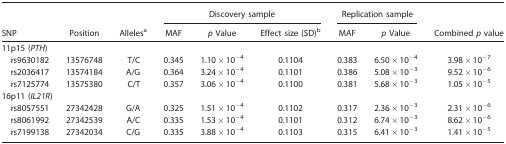
<table><thead><tr><td></td><td></td><td></td><td colspan="3"><b>Discovery sample</b></td><td colspan="2"><b>Replication sample</b></td><td></td></tr><tr><td><b>SNP</b></td><td><b>Position</b></td><td><b>Allelesa</b></td><td><b>MAF</b></td><td><b><i>p</i> Value</b></td><td><b>Effect size (SD)b</b></td><td><b>MAF</b></td><td><b><i>p</i> Value</b></td><td><b>Combined <i>p</i> value</b></td></tr></thead><tbody><tr><td colspan="9">11p15 (<i>PTH</i>)</td></tr><tr><td> rs9630182</td><td>13576748</td><td>T/C</td><td>0.345</td><td>1.10 × 10<sup>−4</sup></td><td>0.1104</td><td>0.383</td><td>6.50 × 10<sup>−4</sup></td><td>3.98 × 10<sup>−7</sup></td></tr><tr><td> rs2036417</td><td>13574184</td><td>A/G</td><td>0.364</td><td>3.24 × 10<sup>−4</sup></td><td>0.1101</td><td>0.386</td><td>5.08 × 10<sup>−3</sup></td><td>9.52 × 10<sup>−6</sup></td></tr><tr><td> rs7125774</td><td>13575380</td><td>C/T</td><td>0.357</td><td>3.06 × 10<sup>−4</sup></td><td>0.1100</td><td>0.381</td><td>5.68 × 10<sup>−3</sup></td><td>1.05 × 10<sup>−5</sup></td></tr><tr><td colspan="9">16p11 (<i>IL21R</i>)</td></tr><tr><td> rs8057551</td><td>27342428</td><td>G/A</td><td>0.325</td><td>1.51 × 10<sup>−4</sup></td><td>0.1102</td><td>0.317</td><td>2.36 × 10<sup>−3</sup></td><td>2.31 × 10<sup>−6</sup></td></tr><tr><td> rs8061992</td><td>27342539</td><td>A/C</td><td>0.335</td><td>1.53 × 10<sup>−4</sup></td><td>0.1101</td><td>0.312</td><td>6.74 × 10<sup>−3</sup></td><td>8.62 × 10<sup>−6</sup></td></tr><tr><td> rs7199138</td><td>27342034</td><td>C/G</td><td>0.335</td><td>3.88 × 10<sup>−4</sup></td><td>0.1103</td><td>0.315</td><td>6.41 × 10<sup>−3</sup></td><td>1.41 × 10<sup>−5</sup></td></tr></tbody></table>